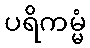
ပရိကမ္မံ